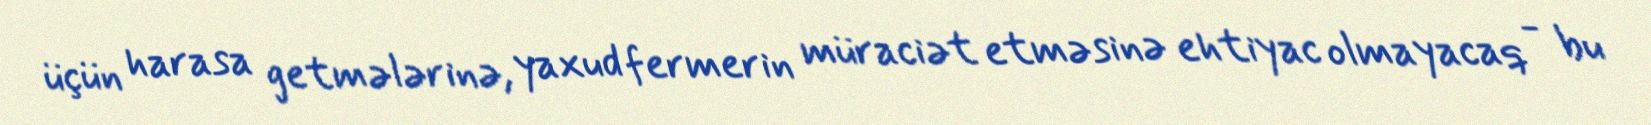
üçün harasa getmələrinə, yaxud fermerin müraciət etməsinə ehtiyac olmayacaq - bu